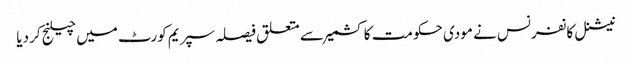
نیشنل کانفرنس نے مودی حکومت کا کشمیر سے متعلق فیصلہ سپریم کورٹ میں چیلنج کر دیا